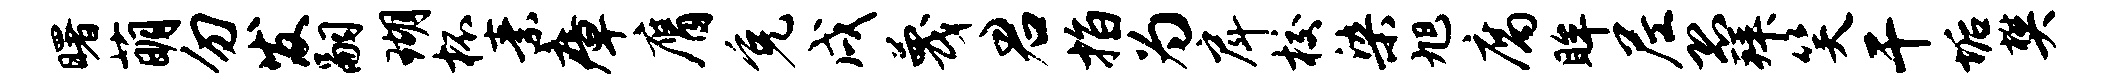
曙萌勿发嗣瑚杯素瘴膺免戌蔑君指为戽校染旭腐眸尼恐拜笑干垢樊